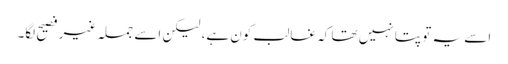
اسے یہ تو پتا نہیں تھا کہ غالب کون ہے، لیکن اسے جملہ غیر فصیح لگا۔